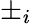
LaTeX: \pm_{i}